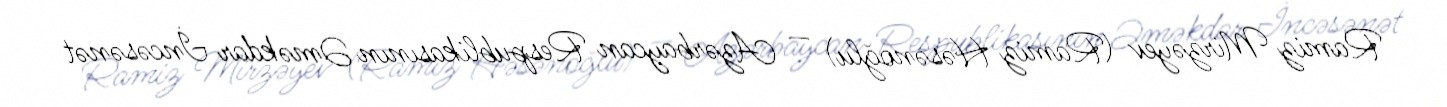
Ramiz Mirzəyev (Ramiz Həsənoğlu) — Azərbaycan Respublikasının Əməkdar İncəsənət